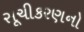
સૂચીકરણનો